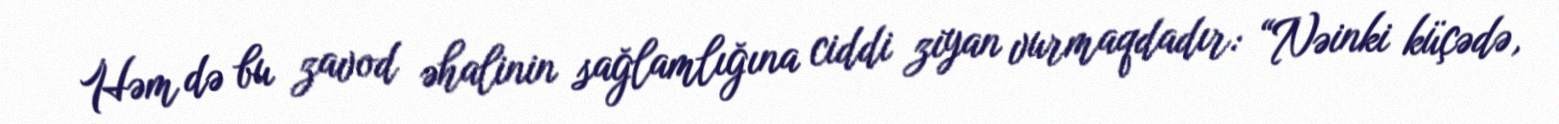
Həm də bu zavod əhalinin sağlamlığına ciddi ziyan vurmaqdadır: “Nəinki küçədə,